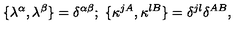
\{ \lambda ^ { \alpha } , \lambda ^ { \beta } \} = \delta ^ { \alpha \beta } ; \ \{ \kappa ^ { j A } , \kappa ^ { l B } \} = \delta ^ { j l } \delta ^ { A B } ,